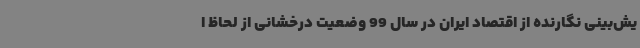
یش‌بینی نگارنده از اقتصاد ایران در سال 99 وضعیت درخشانی از لحاظ ا